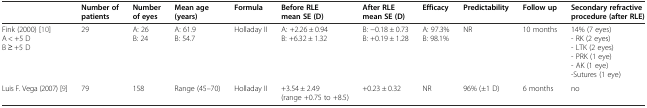
<table><thead><tr><td></td><td><b>Number of patients</b></td><td><b>Number of eyes</b></td><td><b>Mean age (years)</b></td><td><b>Formula</b></td><td><b>Before RLE mean SE (D)</b></td><td><b>After RLE mean SE (D)</b></td><td><b>Efficacy</b></td><td><b>Predictability</b></td><td><b>Follow up</b></td><td><b>Secondary refractive procedure (after RLE)</b></td></tr></thead><tbody><tr><td>Fink (2000) [10]A &lt; +5 DB ≥ +5 D</td><td>29</td><td>A: 26B: 24</td><td>A: 61.9B: 54.7</td><td>Holladay II</td><td>A: +2.26 ± 0.94B: +6.32 ± 1.32</td><td>B: −0.18 ± 0.73B: +0.19 ± 1.28</td><td>A: 97.3%B: 98.1%</td><td>NR</td><td>10 months</td><td>14% (7 eyes)- RK (2 eyes)- LTK (2 eyes)- PRK (1 eye)- AK (1 eye)-Sutures (1 eye)</td></tr><tr><td>Luis F. Vega (2007) [9]</td><td>79</td><td>158</td><td>Range (45–70)</td><td>Holladay II</td><td>+3.54 ± 2.49 (range +0.75 to +8.5)</td><td>+0.23 ± 0.32</td><td>NR</td><td>96% (±1 D)</td><td>6 months</td><td>no</td></tr></tbody></table>